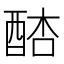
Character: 𨡋